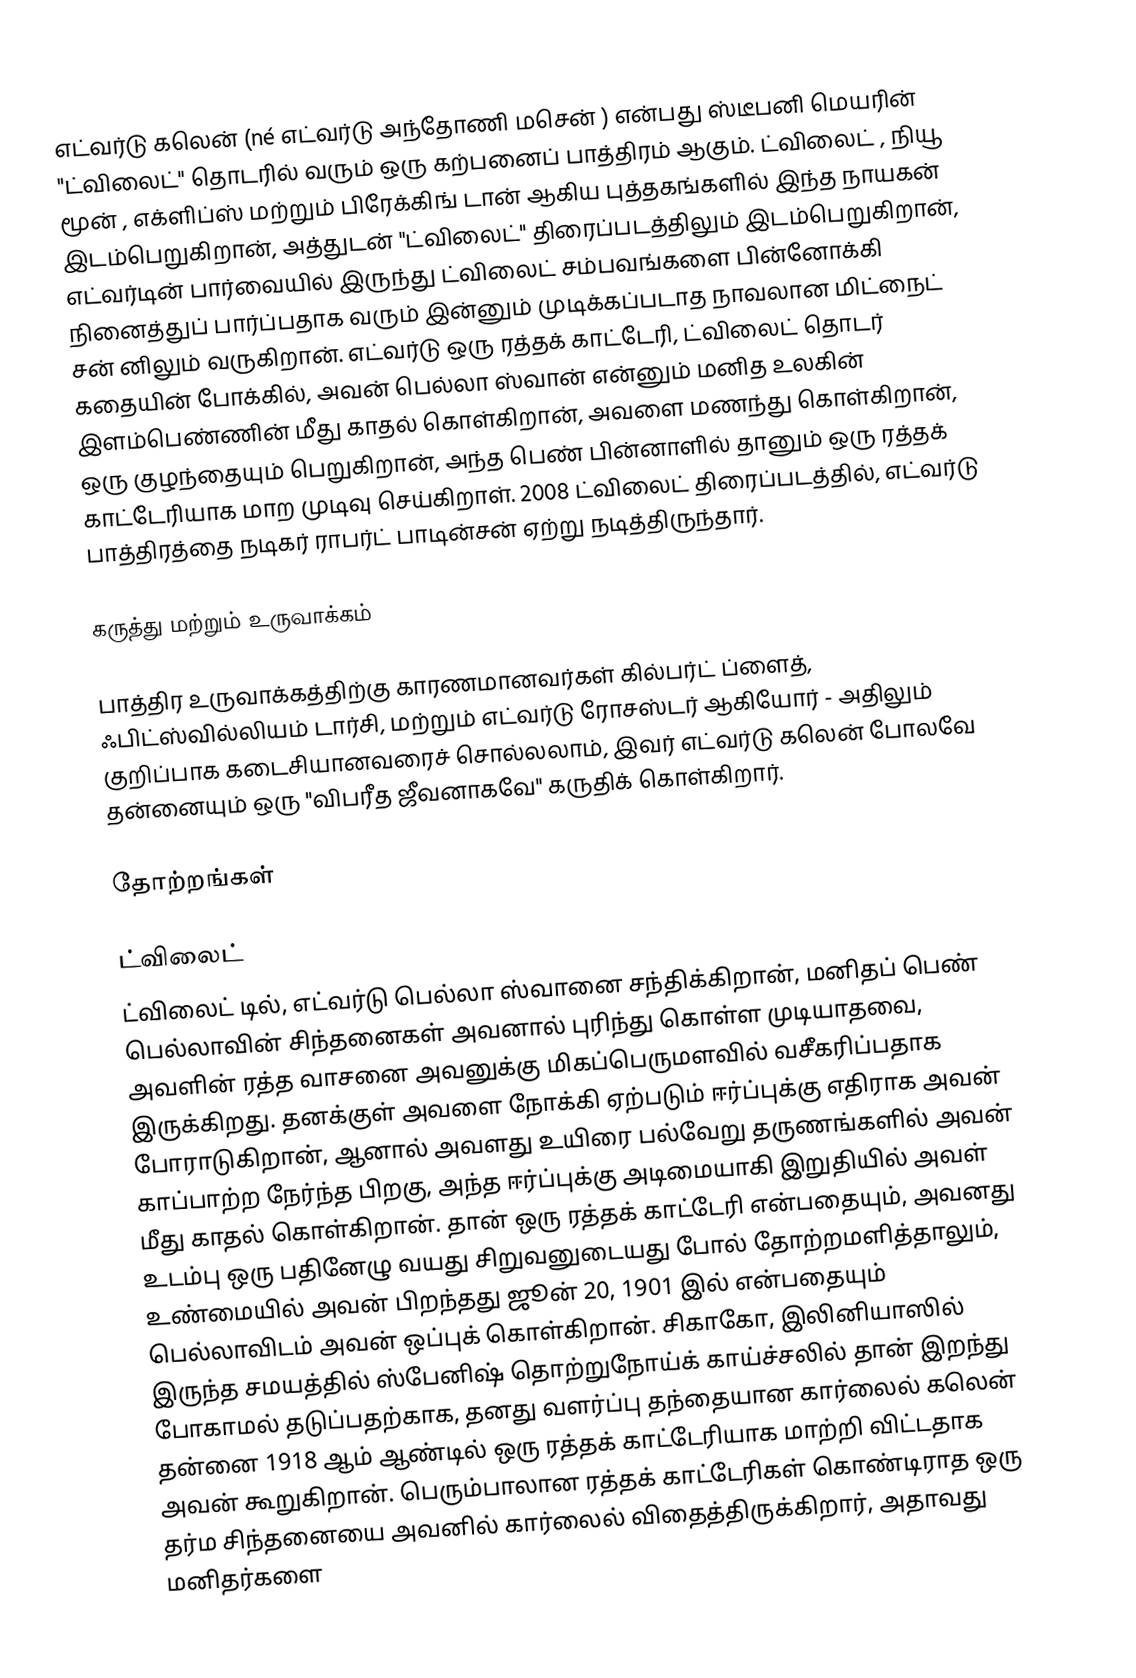
எட்வர்டு கலென் (né எட்வர்டு அந்தோணி மசென் ) என்பது ஸ்டீபனி மெயரின் "ட்விலைட்" தொடரில் வரும் ஒரு கற்பனைப் பாத்திரம் ஆகும். ட்விலைட் , நியூ மூன் , எக்ளிப்ஸ் மற்றும் பிரேக்கிங் டான் ஆகிய புத்தகங்களில் இந்த நாயகன் இடம்பெறுகிறான், அத்துடன் "ட்விலைட்" திரைப்படத்திலும் இடம்பெறுகிறான், எட்வர்டின் பார்வையில் இருந்து ட்விலைட் சம்பவங்களை பின்னோக்கி நினைத்துப் பார்ப்பதாக வரும் இன்னும் முடிக்கப்படாத நாவலான மிட்நைட் சன் னிலும் வருகிறான். எட்வர்டு ஒரு ரத்தக் காட்டேரி, ட்விலைட் தொடர் கதையின் போக்கில், அவன் பெல்லா ஸ்வான் என்னும் மனித உலகின் இளம்பெண்ணின் மீது காதல் கொள்கிறான், அவளை மணந்து கொள்கிறான், ஒரு குழந்தையும் பெறுகிறான், அந்த பெண் பின்னாளில் தானும் ஒரு ரத்தக் காட்டேரியாக மாற முடிவு செய்கிறாள். 2008 ட்விலைட் திரைப்படத்தில், எட்வர்டு பாத்திரத்தை நடிகர் ராபர்ட் பாடின்சன் ஏற்று நடித்திருந்தார்.

கருத்து மற்றும் உருவாக்கம்

பாத்திர உருவாக்கத்திற்கு காரணமானவர்கள் கில்பர்ட் ப்ளைத், ஃபிட்ஸ்வில்லியம் டார்சி, மற்றும் எட்வர்டு ரோசஸ்டர் ஆகியோர் - அதிலும் குறிப்பாக கடைசியானவரைச் சொல்லலாம், இவர் எட்வர்டு கலென் போலவே தன்னையும் ஒரு "விபரீத ஜீவனாகவே" கருதிக் கொள்கிறார்.

தோற்றங்கள்

ட்விலைட்
ட்விலைட் டில், எட்வர்டு பெல்லா ஸ்வானை சந்திக்கிறான், மனிதப் பெண் பெல்லாவின் சிந்தனைகள் அவனால் புரிந்து கொள்ள முடியாதவை, அவளின் ரத்த வாசனை அவனுக்கு மிகப்பெருமளவில் வசீகரிப்பதாக இருக்கிறது. தனக்குள் அவளை நோக்கி ஏற்படும் ஈர்ப்புக்கு எதிராக அவன் போராடுகிறான், ஆனால் அவளது உயிரை பல்வேறு தருணங்களில் அவன் காப்பாற்ற நேர்ந்த பிறகு, அந்த ஈர்ப்புக்கு அடிமையாகி இறுதியில் அவள் மீது காதல் கொள்கிறான். தான் ஒரு ரத்தக் காட்டேரி என்பதையும், அவனது உடம்பு ஒரு பதினேழு வயது சிறுவனுடையது போல் தோற்றமளித்தாலும், உண்மையில் அவன் பிறந்தது ஜூன் 20, 1901 இல் என்பதையும் பெல்லாவிடம் அவன் ஒப்புக் கொள்கிறான். சிகாகோ, இலினியாஸில் இருந்த சமயத்தில் ஸ்பேனிஷ் தொற்றுநோய்க் காய்ச்சலில் தான் இறந்து போகாமல் தடுப்பதற்காக, தனது வளர்ப்பு தந்தையான கார்லைல் கலென் தன்னை 1918 ஆம் ஆண்டில் ஒரு ரத்தக் காட்டேரியாக மாற்றி விட்டதாக அவன் கூறுகிறான். பெரும்பாலான ரத்தக் காட்டேரிகள் கொண்டிராத ஒரு தர்ம சிந்தனையை அவனில் கார்லைல் விதைத்திருக்கிறார், அதாவது மனிதர்களை